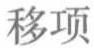
移项